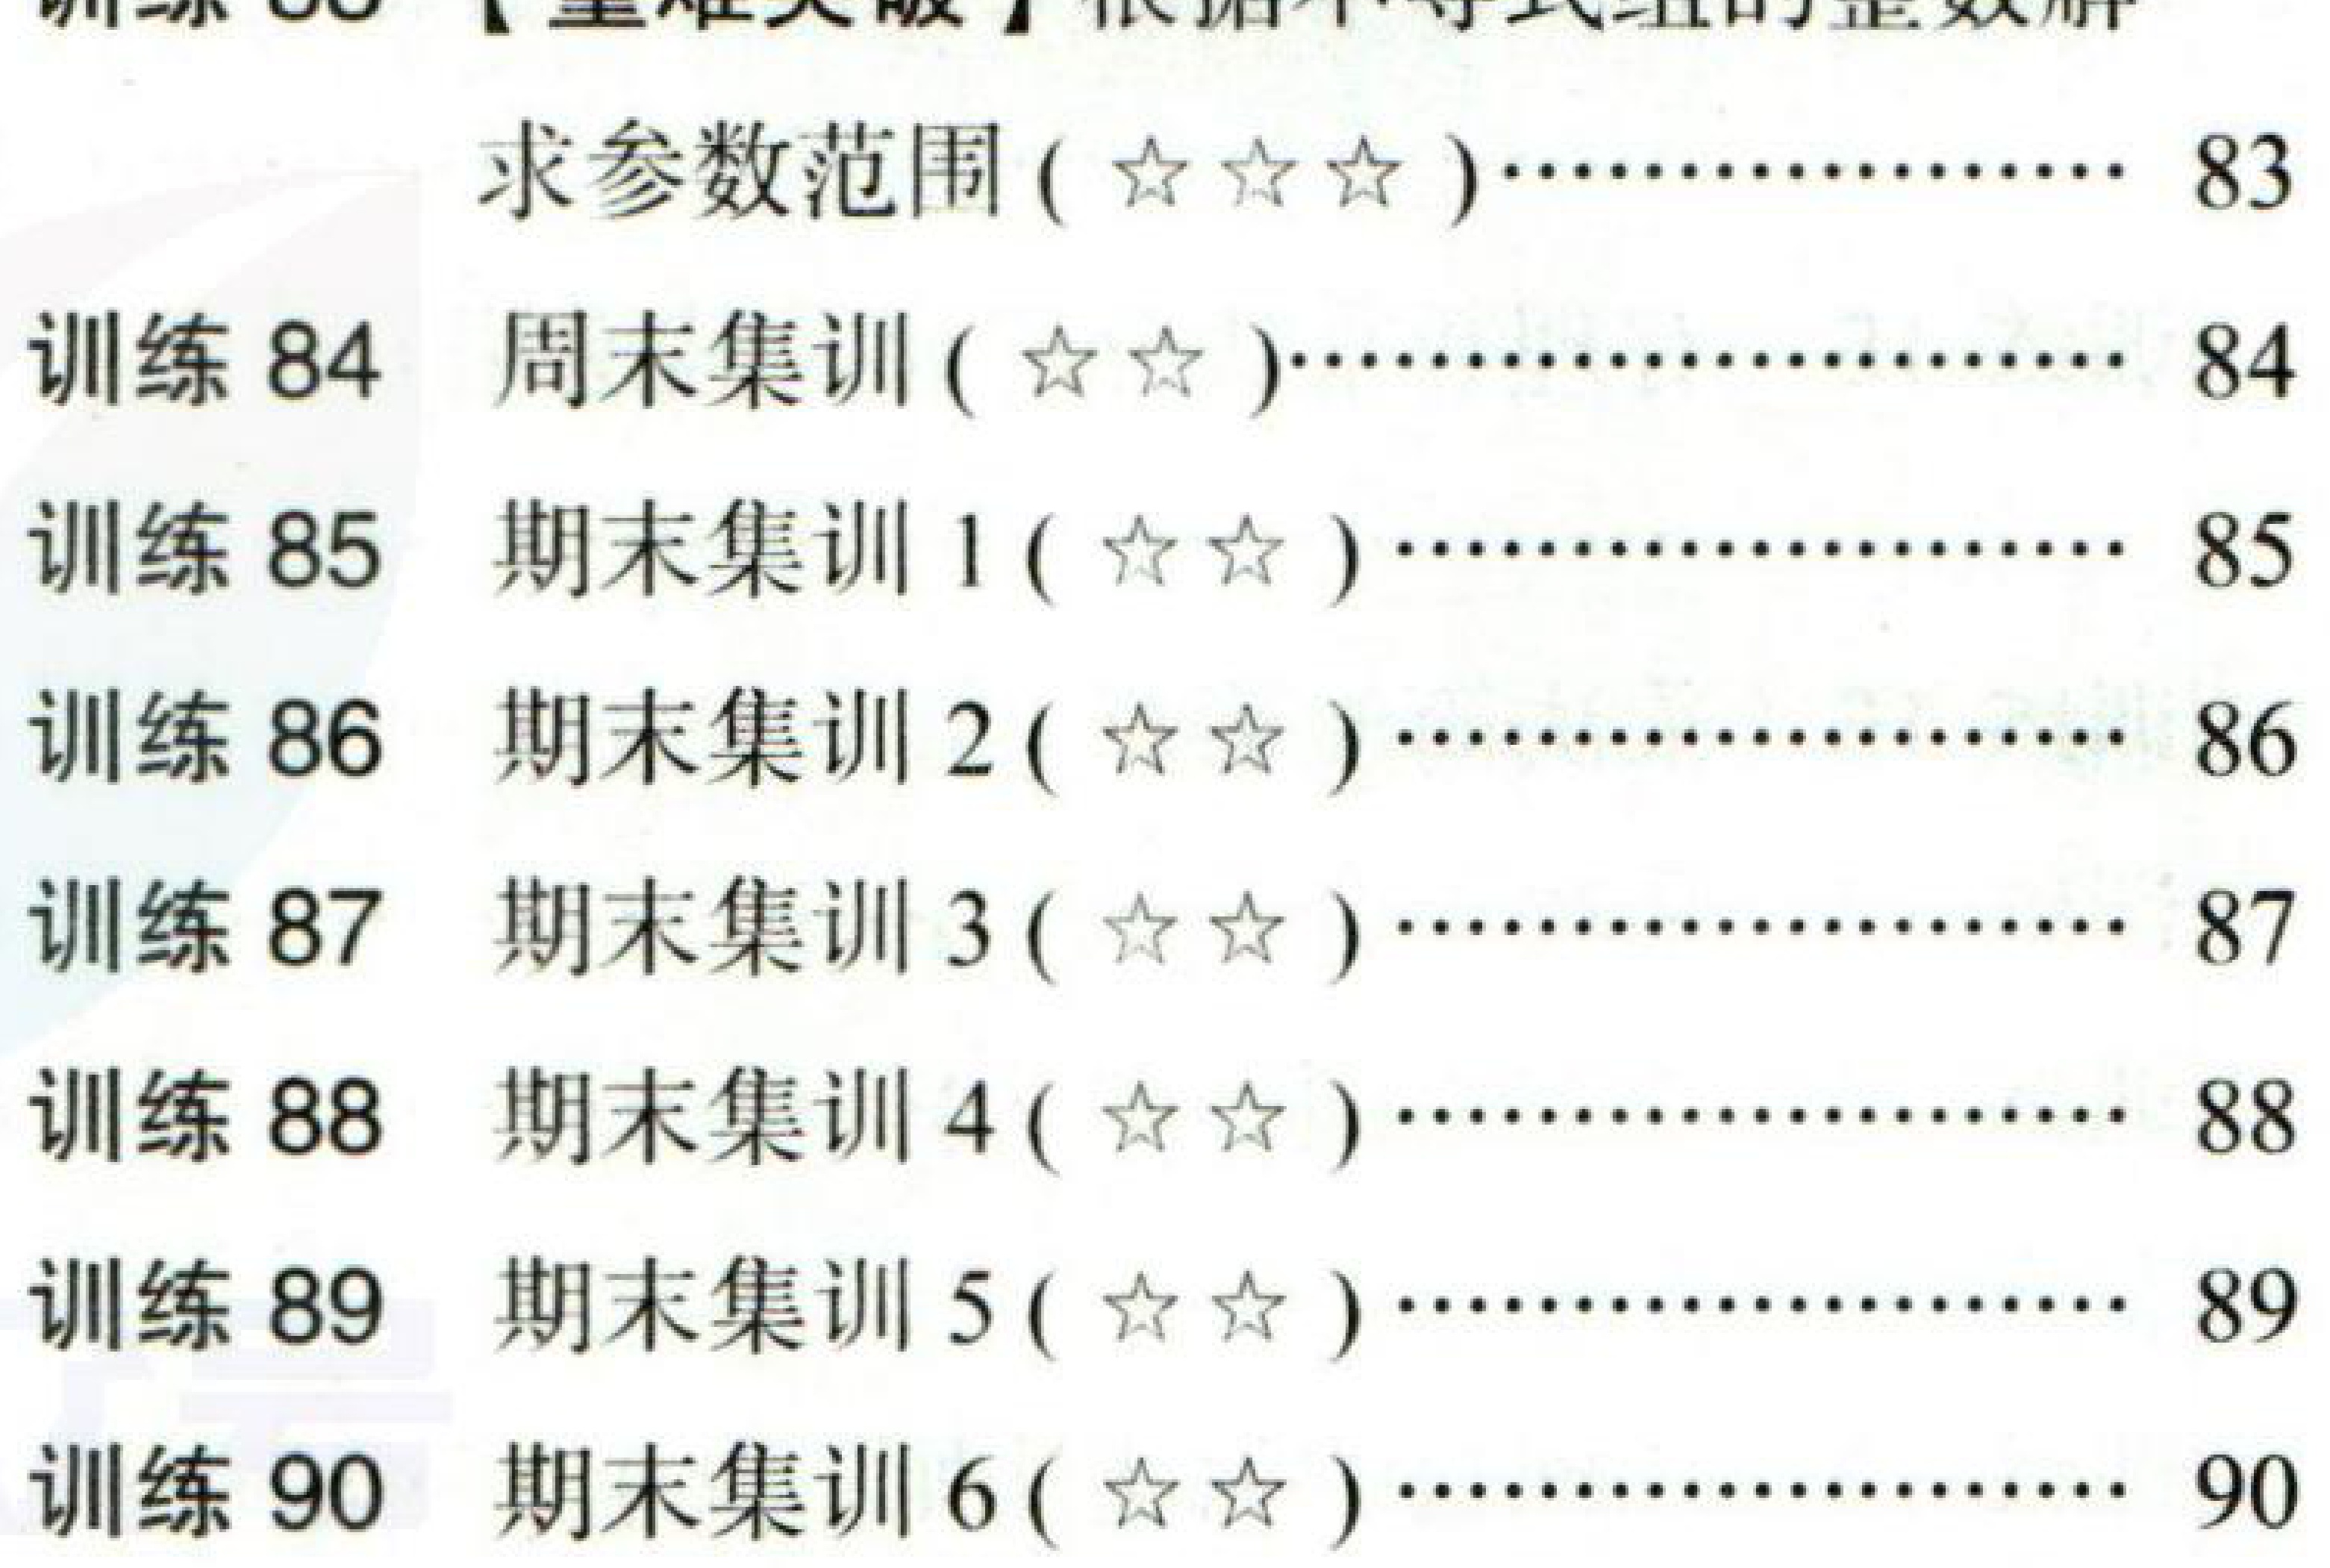
\begin{enumerate}

\item 训练83 【重难点突破】根据不等式组的整数解 求参数范围(★★★)……………… 83

\item 训练84 周末集训(★★)…………………… 84

\item 训练85 期末集训1(★★)…………………… 85

\item 训练86 期末集训2(★★)…………………… 86

\item 训练87 期末集训3(★★)…………………… 87

\item 训练88 期末集训4(★★)…………………… 88

\item 训练89 期末集训5(★★)…………………… 89

\item 训练90 期末集训6(★★)…………………… 90

\end{enumerate}